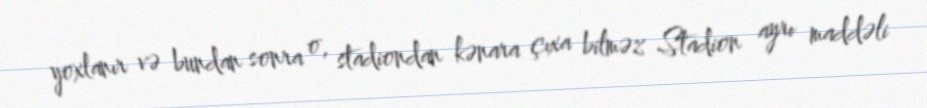
yoxlanır və bundan sonra o, stadiondan kənara çıxa bilməz Stadion ayrı maddəli